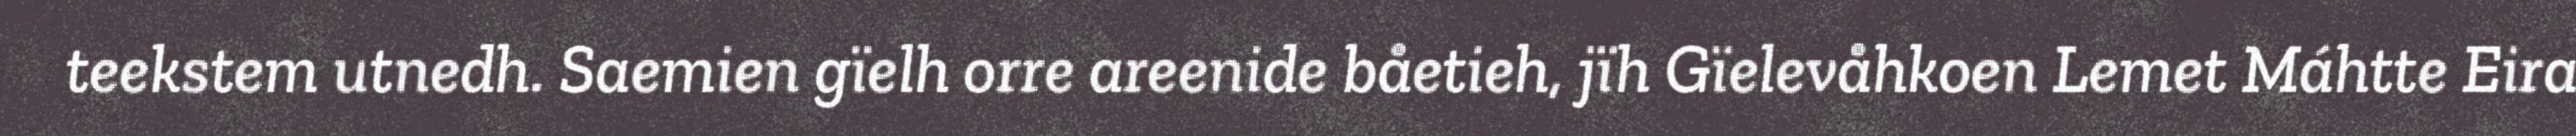
teekstem utnedh. Saemien gïelh orre areenide båetieh, jïh Gïelevåhkoen Lemet Máhtte Eira